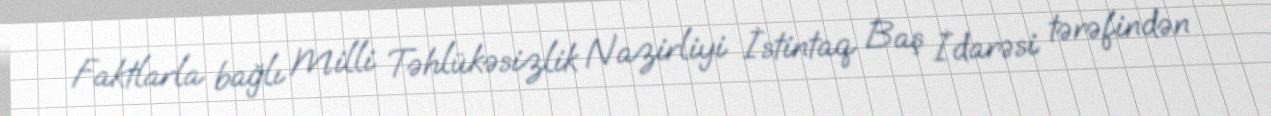
Faktlarla bağlı Milli Təhlükəsizlik Nazirliyi İstintaq Baş İdarəsi tərəfindən